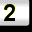
Digit: 2